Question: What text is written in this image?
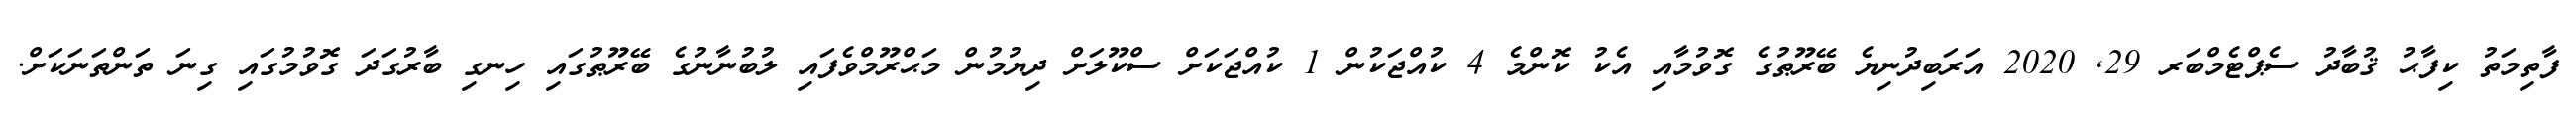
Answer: ފާތިމަތު ކިފާޙު ޤުބާދު ސެޕްޓެމްބަރ 29, 2020 އަރަބިދުނިޔެ ބޭރޫޠުގެ ގޮވުމާއި އެކު ކޮންމެ 4 ކުއްޖަކުން 1 ކުއްޖަކަށް ސްކޫލަށް ދިޔުމުން މަޙްރޫމްވެފައި ލުބުނާނުގެ ބޭރޫޠުގައި ހިނގި ބާރުގަދަ ގޮވުމުގައި ގިނަ ތަންތަނަކަށް.